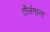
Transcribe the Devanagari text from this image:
तैलंगाना